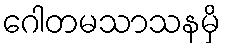
ဂေါတမသာသနမှိ